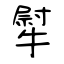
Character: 犚